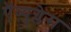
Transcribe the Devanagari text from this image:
ऍव्युग्लेस